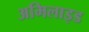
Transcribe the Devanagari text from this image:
अमिलाइड